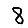
Digit: 8